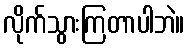
လိုက်သွားကြတာပါဘဲ။